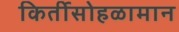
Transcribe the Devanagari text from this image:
किर्तीसोहळामान